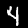
Digit: 4